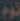
نوم